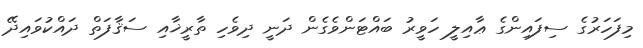
މިފަހަރުގެ ސިފައިންގެ ޢާއިލީ ހަވީރު ބައްޓަންވެގެން ދަނީ ދިވެހި ތާރީޚާއި ސަޤާފަތް ދައްކުވައިދޭ